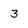
Character: 3